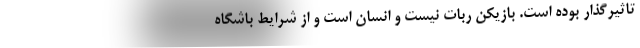
تاثیرگذار بوده است. بازیکن ربات نیست و انسان است و از شرایط باشگاه